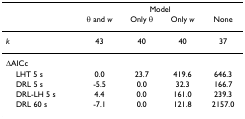
|  | <COLSPAN=4> Model |
 |  | θ and w | Only θ | Only w | None |
 | --- | --- | --- | --- | --- |
 | k | 43 | 40 | 40 | 37 |
 | ΔAICc |  |  |  |  |
 | LHT 5 s | 0.0 | 23.7 | 419.6 | 646.3 |
 | DRL 5 s | -5.5 | 0.0 | 32.3 | 166.7 |
 | DRL-LH 5 s | 4.4 | 0.0 | 161.0 | 239.3 |
 | DRL 60 s | -7.1 | 0.0 | 121.8 | 2157.0 |